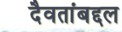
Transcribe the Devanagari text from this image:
दैवतांबद्दल